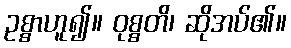
ဥစ္စာဟူ၍။ ဝုစ္စတိ၊ ဆိုအပ်၏။